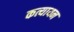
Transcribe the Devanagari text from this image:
कत्यायन